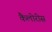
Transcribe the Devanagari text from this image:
कैलोरीस